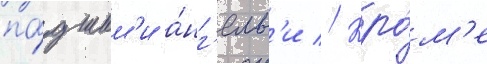
па́дшим'и а́нг'елам'и // Кро́м'е